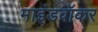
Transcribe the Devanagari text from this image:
माइंडवॉकर